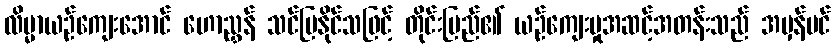
လိမ္မာယဉ်ကျေးအောင် ဟောညွှန် သင်ပြနိုင်သဖြင့် တိုင်းပြည်၏ ယဉ်ကျေးမှုအဆင့်အတန်းသည် အမှန်ပင်